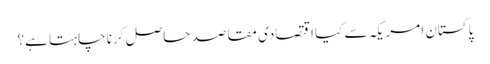
پاکستان امریکہ سے کیا اقتصادی مقاصد حاصل کرنا چاہتا ہے؟